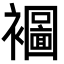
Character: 𮖾